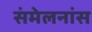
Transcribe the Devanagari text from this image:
संमेलनांस